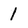
Character: l